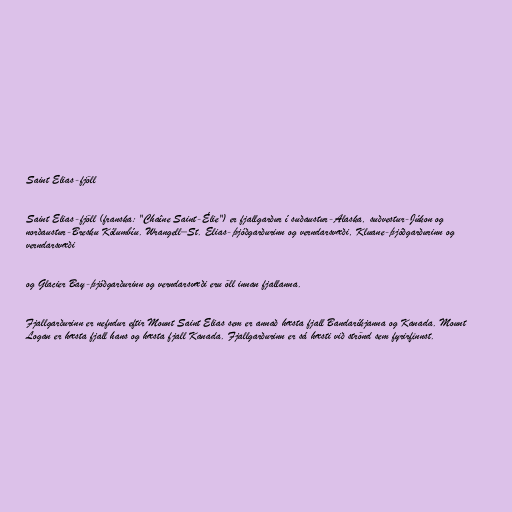
Saint Elias-fjöll

Saint Elias-fjöll (franska: "Chaîne Saint-Élie") er fjallgarður í suðaustur-Alaska, suðvestur-Júkon og
norðaustur-Bresku Kólumbíu. Wrangell–St. Elias-þjóðgarðurinn og verndarsvæði, Kluane-þjóðgarðurinn og
verndarsvæði

og Glacier Bay-þjóðgarðurinn og verndarsvæði eru öll innan fjallanna.

Fjallgarðurinn er nefndur eftir Mount Saint Elias sem er annað hæsta fjall Bandaríkjanna og Kanada. Mount
Logan er hæsta fjall hans og hæsta fjall Kanada. Fjallgarðurinn er sá hæsti við strönd sem fyrirfinnst.